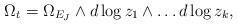
LaTeX: \begin{align*}\Omega_t= \Omega_{E_J}\wedge d\log z_1\wedge\ldots d\log z_k,\end{align*}